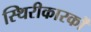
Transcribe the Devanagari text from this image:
स्थिरीकारकों